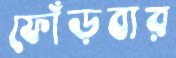
ফোঁড়বার